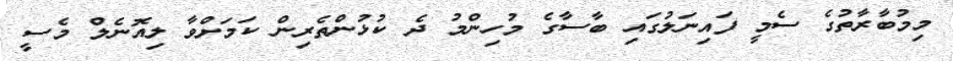
މިމުބާރާތުގެ ސެމީ ފައިނަލުގައި ބާސާގެ މުހިންމު ދެ ކުޅުންތެރިން ކަމަށްވާ ލިއޮނެލް މެސީ